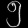
Digit: ၅